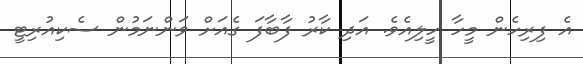
އެ ފިރިހެން މީހާ ހީލިއެވެ. އަދި ކާރު ފާބާފަ ގެއަށް ވަންނަމުން ސެކިއުރިޓީ